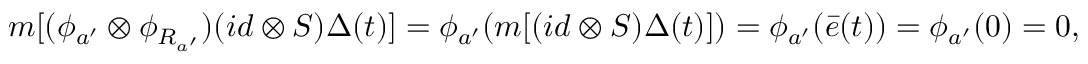
m [ ( \phi _ { a ^ { \prime } } \otimes \phi _ { R _ { a ^ { \prime } } } ) ( i d \otimes S ) \Delta ( t ) ] = \phi _ { a ^ { \prime } } ( m [ ( i d \otimes S ) \Delta ( t ) ] ) = \phi _ { a ^ { \prime } } ( \bar { e } ( t ) ) = \phi _ { a ^ { \prime } } ( 0 ) = 0 ,